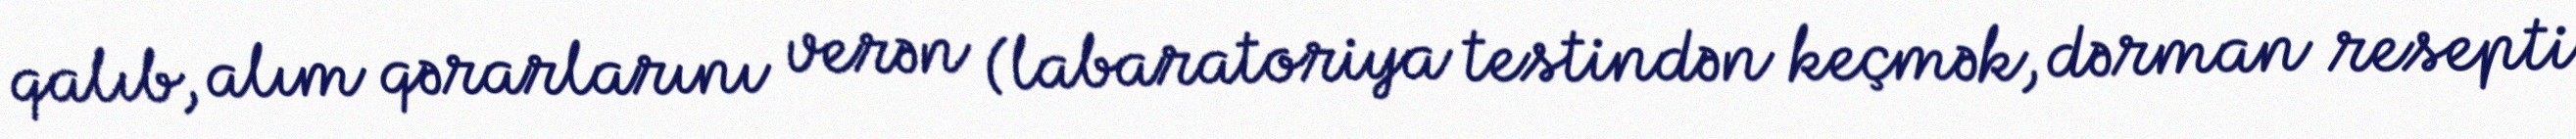
qalıb, alım qərarlarını verən (labaratoriya testindən keçmək, dərman resepti